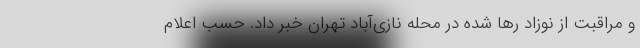
و مراقبت از نوزاد رها شده در محله نازی‌آباد تهران خبر داد. حسب اعلام